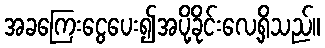
အခကြေးငွေပေး၍အပို့ခိုင်းလေ့ရှိသည်။